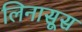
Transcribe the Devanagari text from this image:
लिनासूस